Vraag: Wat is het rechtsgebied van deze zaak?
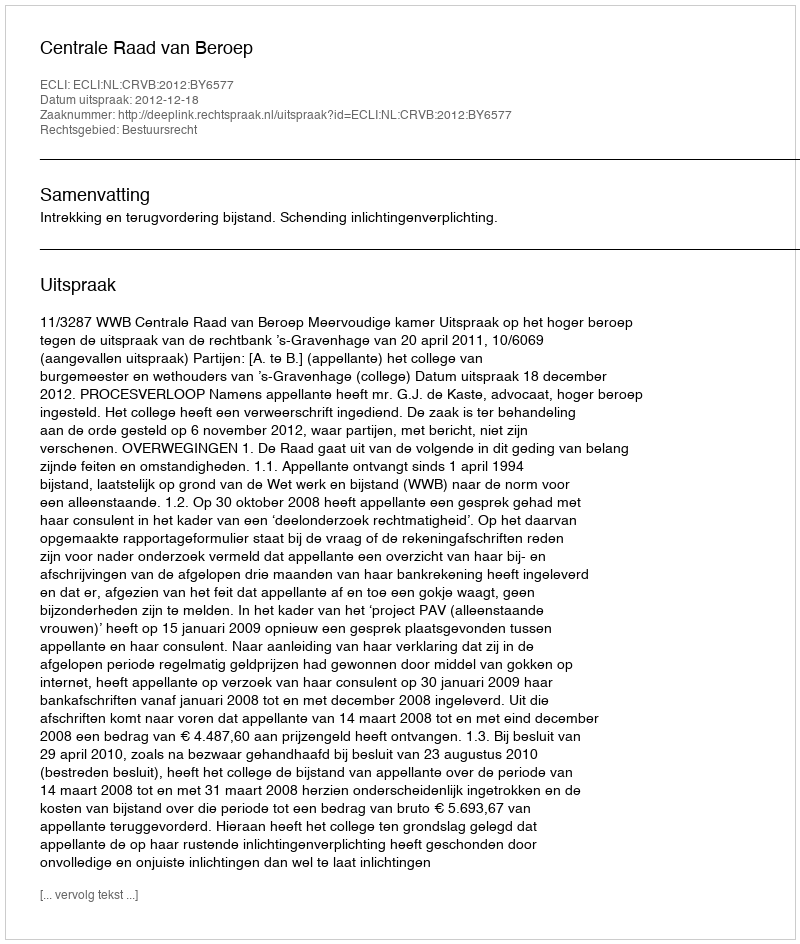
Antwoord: Bestuursrecht